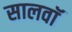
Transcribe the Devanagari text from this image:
सालवाॅ